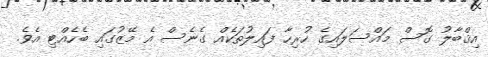
އިޤްބާލު ގޮސް މައްސަލައިގެ ހުރިހާ ފައިލުތަކެއް ގެނެސް އެ މޭޒުގައި ބެހެއްޓި އެވެ.